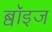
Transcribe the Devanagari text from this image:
ब्वॉइज